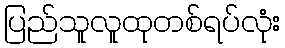
ပြည်သူလူထုတစ်ရပ်လုံး